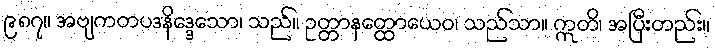
၉၈၇။ အဗျကတပဒနိဒ္ဒေသော၊ သည်။ ဥတ္တာနတ္ထောယေဝ၊ သည်သာ။ ဣတိ၊ အပြီးတည်း။